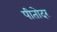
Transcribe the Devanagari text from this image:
पीतोदर